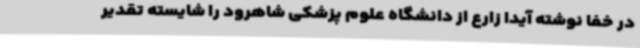
در خفا نوشته آیدا زارع از دانشگاه علوم پزشکی شاهرود را شایسته تقدیر